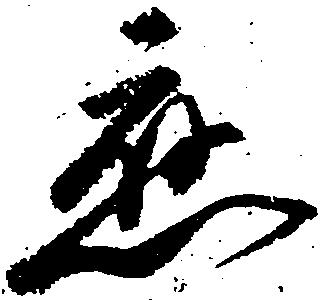
応